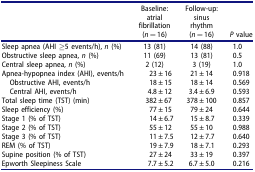
<table><thead><tr><td></td><td><b>Baseline: atrial fibrillation (<i>n</i> = 16)</b></td><td><b>Follow-up: sinus rhythm (<i>n</i> = 16)</b></td><td><b><i>P</i> value</b></td></tr></thead><tbody><tr><td>Sleep apnea (AHI ≥5 events/h), <i>n</i> (%)</td><td>13 (81)</td><td>14 (88)</td><td>1.0</td></tr><tr><td>Obstructive sleep apnea, <i>n</i> (%)</td><td>11 (69)</td><td>13 (81)</td><td>0.5</td></tr><tr><td>Central sleep apnea, <i>n</i> (%)</td><td>2 (12)</td><td>3 (19)</td><td>1.0</td></tr><tr><td>Apnea-hypopnea index (AHI), events/h</td><td>23 ± 16</td><td>21 ± 14</td><td>0.918</td></tr><tr><td> Obstructive AHI, events/h</td><td>18 ± 15</td><td>18 ± 14</td><td>0.569</td></tr><tr><td> Central AHI, events/h</td><td>4.8 ± 12</td><td>3.4 ± 6.9</td><td>0.593</td></tr><tr><td>Total sleep time (TST) (min)</td><td>382 ± 67</td><td>378 ± 100</td><td>0.857</td></tr><tr><td>Sleep efficiency (%)</td><td>77 ± 15</td><td>79 ± 24</td><td>0.644</td></tr><tr><td>Stage 1 (% of TST)</td><td>14 ± 6.7</td><td>15 ± 8.7</td><td>0.339</td></tr><tr><td>Stage 2 (% of TST)</td><td>55 ± 12</td><td>55 ± 10</td><td>0.988</td></tr><tr><td>Stage 3 (% of TST)</td><td>11 ± 7.5</td><td>12 ± 7.7</td><td>0.640</td></tr><tr><td>REM (% of TST)</td><td>19 ± 7.9</td><td>18 ± 7.1</td><td>0.293</td></tr><tr><td>Supine position (% of TST)</td><td>27 ± 24</td><td>33 ± 19</td><td>0.397</td></tr><tr><td>Epworth Sleepiness Scale</td><td>7.7 ± 5.2</td><td>6.7 ± 5.0</td><td>0.216</td></tr></tbody></table>